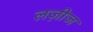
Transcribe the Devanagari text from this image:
लज़ीज